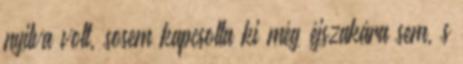
nyitva volt, sosem kapcsolta ki még éjszakára sem, s